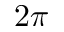
2 \pi